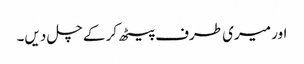
اور میری طرف پیٹھ کر کے چل دیں۔